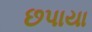
છપાયા